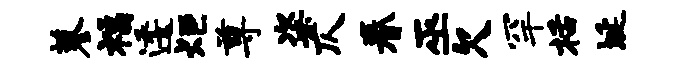
蓼福逶炬尊粢仄眷巫欠罕栝埏